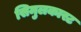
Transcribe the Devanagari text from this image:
सिमुलकास्ट